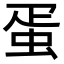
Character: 蛋